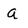
Character: a